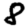
Digit: 8